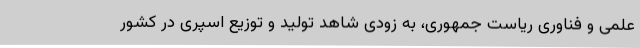
علمی و ‌فناوری ریاست جمهوری، به زودی شاهد تولید و توزیع اسپری در کشور